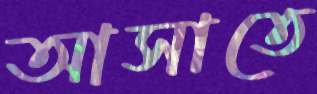
আসাতে